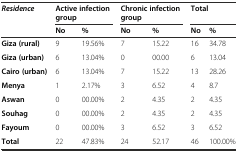
| <ROWSPAN=2> Residence | <COLSPAN=2> Active infection group | <COLSPAN=2> Chronic infection group | <COLSPAN=2> Total |
 | No | % | No | % | No | % |
 | --- | --- | --- | --- | --- | --- | --- |
 | Giza (rural) | 9 | 19.56% | 7 | 15.22 | 16 | 34.78 |
 | Giza (urban) | 6 | 13.04% | 0 | 00.00 | 6 | 13.04 |
 | Cairo (urban) | 6 | 13.04% | 7 | 15.22 | 13 | 28.26 |
 | Menya | 1 | 2.17% | 3 | 6.52 | 4 | 8.7 |
 | Aswan | 0 | 00.00% | 2 | 4.35 | 2 | 4.35 |
 | Souhag | 0 | 00.00% | 2 | 4.35 | 2 | 4.35 |
 | Fayoum | 0 | 00.00% | 3 | 6.52 | 3 | 6.52 |
 | Total | 22 | 47.83% | 24 | 52.17 | 46 | 100.00% |